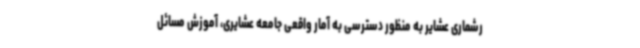
رشماری عشایر به منظور دسترسی به آمار واقعی جامعه عشایری، آموزش مسائل